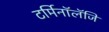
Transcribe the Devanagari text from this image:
टर्मिनॉलॅजि